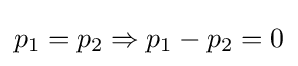
p_{1}=p_{2}\Rightarrow p_{1}-p_{2}=0